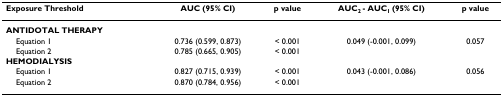
<table><thead><tr><td><b>Exposure Threshold</b></td><td><b>AUC (95% CI)</b></td><td><b>p value</b></td><td><b>AUC<sub>2 </sub>- AUC<sub>1 </sub>(95% CI)</b></td><td><b>p value</b></td></tr></thead><tbody><tr><td><b>ANTIDOTAL THERAPY</b></td><td></td><td></td><td></td><td></td></tr><tr><td> Equation 1</td><td>0.736 (0.599, 0.873)</td><td>&lt; 0.001</td><td>0.049 (-0.001, 0.099)</td><td>0.057</td></tr><tr><td> Equation 2</td><td>0.785 (0.665, 0.905)</td><td>&lt; 0.001</td><td></td><td></td></tr><tr><td><b>HEMODIALYSIS</b></td><td></td><td></td><td></td><td></td></tr><tr><td> Equation 1</td><td>0.827 (0.715, 0.939)</td><td>&lt; 0.001</td><td>0.043 (-0.001, 0.086)</td><td>0.056</td></tr><tr><td> Equation 2</td><td>0.870 (0.784, 0.956)</td><td>&lt; 0.001</td><td></td><td></td></tr></tbody></table>